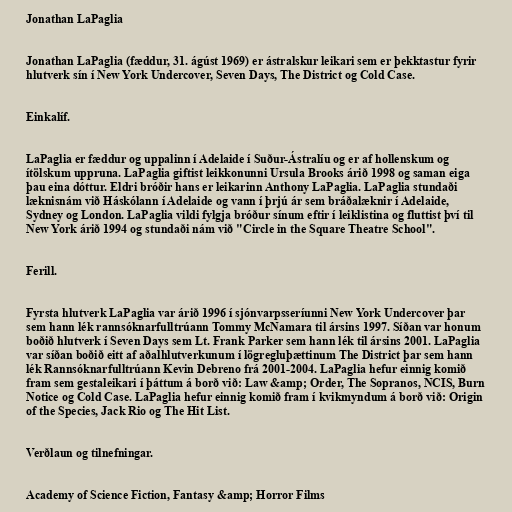
Jonathan LaPaglia

Jonathan LaPaglia (fæddur, 31. ágúst 1969) er ástralskur leikari sem er þekktastur fyrir
hlutverk sín í New York Undercover, Seven Days, The District og Cold Case.

Einkalíf.

LaPaglia er fæddur og uppalinn í Adelaide í Suður-Ástralíu og er af hollenskum og
ítölskum uppruna. LaPaglia giftist leikkonunni Ursula Brooks árið 1998 og saman eiga
þau eina dóttur. Eldri bróðir hans er leikarinn Anthony LaPaglia. LaPaglia stundaði
læknisnám við Háskólann í Adelaide og vann í þrjú ár sem bráðalæknir í Adelaide,
Sydney og London. LaPaglia vildi fylgja bróður sínum eftir í leiklistina og fluttist því til
New York árið 1994 og stundaði nám við "Circle in the Square Theatre School".

Ferill.

Fyrsta hlutverk LaPaglia var árið 1996 í sjónvarpsseríunni New York Undercover þar
sem hann lék rannsóknarfulltrúann Tommy McNamara til ársins 1997. Síðan var honum
boðið hlutverk í Seven Days sem Lt. Frank Parker sem hann lék til ársins 2001. LaPaglia
var síðan boðið eitt af aðalhlutverkunum í lögregluþættinum The District þar sem hann
lék Rannsóknarfulltrúann Kevin Debreno frá 2001-2004. LaPaglia hefur einnig komið
fram sem gestaleikari í þáttum á borð við: Law &amp; Order, The Sopranos, NCIS, Burn
Notice og Cold Case. LaPaglia hefur einnig komið fram í kvikmyndum á borð við: Origin
of the Species, Jack Rio og The Hit List.

Verðlaun og tilnefningar.

Academy of Science Fiction, Fantasy &amp; Horror Films